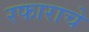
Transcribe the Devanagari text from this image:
रफाराचे